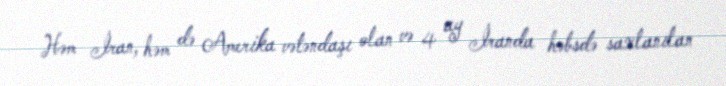
Həm İran, həm də Amerika vətəndaşı olan və 4 ay İranda həbsdə saxlanılan